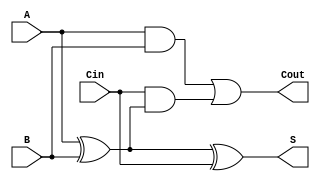
module async_full_adder (
    input wire A,     // First binary input
    input wire B,     // Second binary input
    input wire Cin,   // Carry-in input
    output wire S,    // Sum output
    output wire Cout   // Carry-out output
);

// Internal signals
wire A_xor_B;

// Compute the sum (S) using XOR gates
assign A_xor_B = A ^ B; // A XOR B
assign S = A_xor_B ^ Cin; // (A XOR B) XOR Cin

// Compute the carry-out (Cout)
assign Cout = (A & B) | (Cin & A_xor_B); // (A AND B) OR (Cin AND (A XOR B))

endmodule